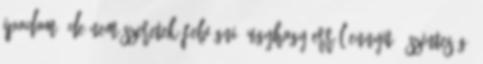
iPodom. de nem szeretek felvágni. ugyhogy erről ennyit. őszinteség.